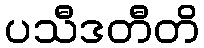
ပသီဒတီတိ